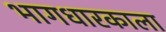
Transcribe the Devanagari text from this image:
भागधारकाला